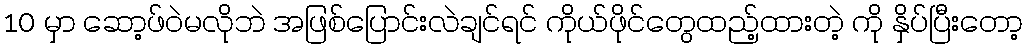
10 မှာ ဆော့ဖ်ဝဲမလိုဘဲ အဖြစ်ပြောင်းလဲချင်ရင် ကိုယ်ဖိုင်တွေထည့်ထားတဲ့ ကို နှိပ်ပြီးတော့